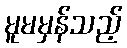
မူမမှန်သည့်